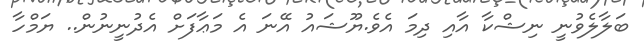
ބަލާލެވުނީ ނިޝްކާ އާއި ދިމަ އެވެ.ޔޫޝައު އޭނަ އެ މަޢާފަށް އެދުނީނުން.. ޔަމްހާ